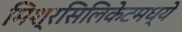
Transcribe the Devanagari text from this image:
मिश्रसिलिकेटमध्ये